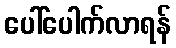
ပေါ်ပေါက်လာရန်